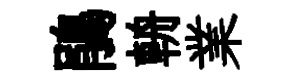
鵑輈業